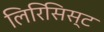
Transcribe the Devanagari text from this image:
लिरिसिस्ट